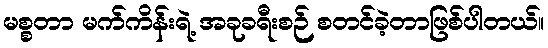
မစ္စတာ မက်ကိန်းရဲ့ အခုခရီးစဉ် စတင်ခဲ့တာဖြစ်ပါတယ်။